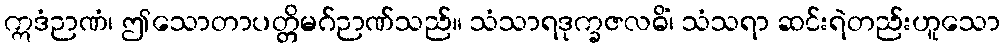
ဣဒံဉာဏံ၊ ဤသောတာပတ္တိမဂ်ဉာဏ်သည်။ သံသာရဒုက္ခဇလဓိံ၊ သံသရာ ဆင်းရဲတည်းဟူသော